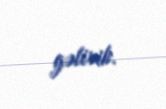
gəlirik.